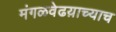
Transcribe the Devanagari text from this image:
मंगळवेढय़ाच्याच